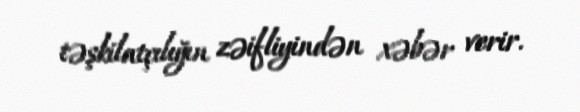
təşkilatçılığın zəifliyindən xəbər verir.